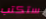
ستكتب